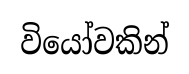
වියෝවකින්